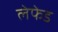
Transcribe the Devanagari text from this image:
लेफेड